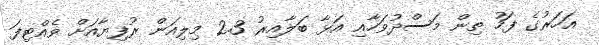
އަހަރުގެ ފަހު ތިން މަސްދުވަހާއި އަޅާ ބަލާއިރު 2.3 މިލިއަން ރުފިޔާއަށް ވެއްޓިފަ